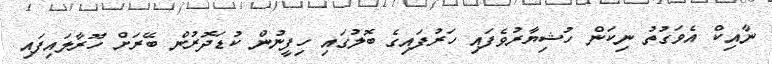
ނާއިކް އެވަގުތު ނިކަން ހުޝިޔާރުވެފައި ހަރުފައިގެ ބޮލުގައި ހިފީނުން ކުޑަދޮރުން ބޭރަށް ހޫރާލައިފައި